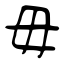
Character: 毋